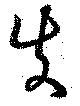
失